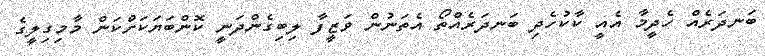
ބަނދަރެއް ހެދީމާ އެއީ ކާކުހެދި ބަނދަރެއްތޯ އެތަނުން ވަޒީފާ ލިބިގެންދަނީ ކޮންބަޔަކަށްކަން މާމިގިލީގެ